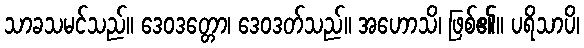
သာခသမင်သည်။ ဒေဝဒတ္တော၊ ဒေဝဒတ်သည်။ အဟောသိ၊ ဖြစ်၏။ ပရိသာပိ၊